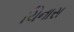
ચિનાસ